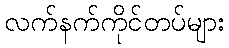
လက်နက်ကိုင်တပ်များ